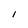
Character: 1